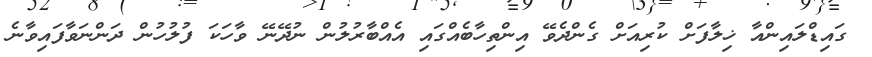
ގައިޑްލައިންއާ ޚިލާފަށް ކުރިއަށް ގެންދެވޭ އިންތިހާބެއްގައި އެއްބާރުލުން ނުދޭނޭ ވާހަކަ ފުލުހުން ދަންނަވާފައިވާނެ